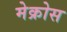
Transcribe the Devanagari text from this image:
मेक्रोस